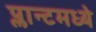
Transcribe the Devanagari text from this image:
प्लान्टमध्ये